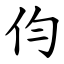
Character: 伨